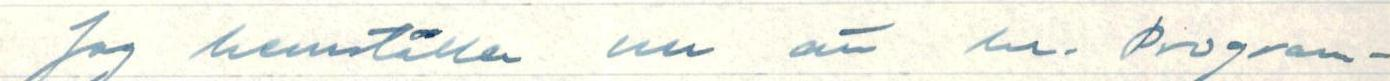
Jag hemståller nu än  en Program-